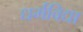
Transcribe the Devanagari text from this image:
धर्मविद्या